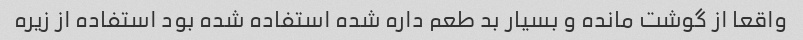
واقعا از گوشت مانده و بسیار بد طعم داره شده استفاده شده بود استفاده از زیره